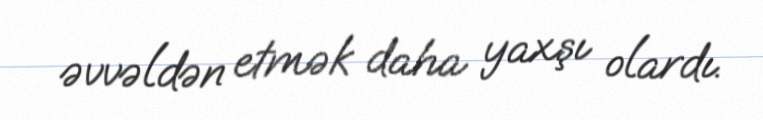
əvvəldən etmək daha yaxşı olardı.